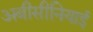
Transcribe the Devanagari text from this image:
अबीसीनियाई